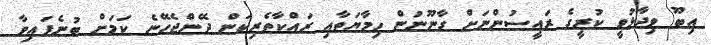
އިބޫ ވިދާޅުވީ ކުރީގެ ރައީސުންނަށް ގާނޫނުން ހިމާޔަތާއި ރައްކާތެރިކަން ދޭންޖެހޭނެ ކަމަށް ބުނެފައިވާ